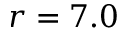
r = 7 . 0